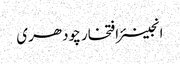
انجینئر افتخار چودھری